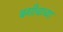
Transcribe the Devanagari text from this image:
बगीचाच्या